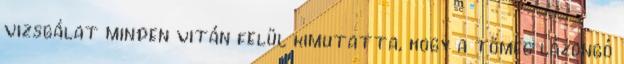
vizsgálat minden vitán felül kimutatta, hogy a tömeg lázongó